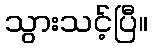
သွားသင့်ပြီ။